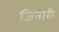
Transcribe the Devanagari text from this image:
जितारी